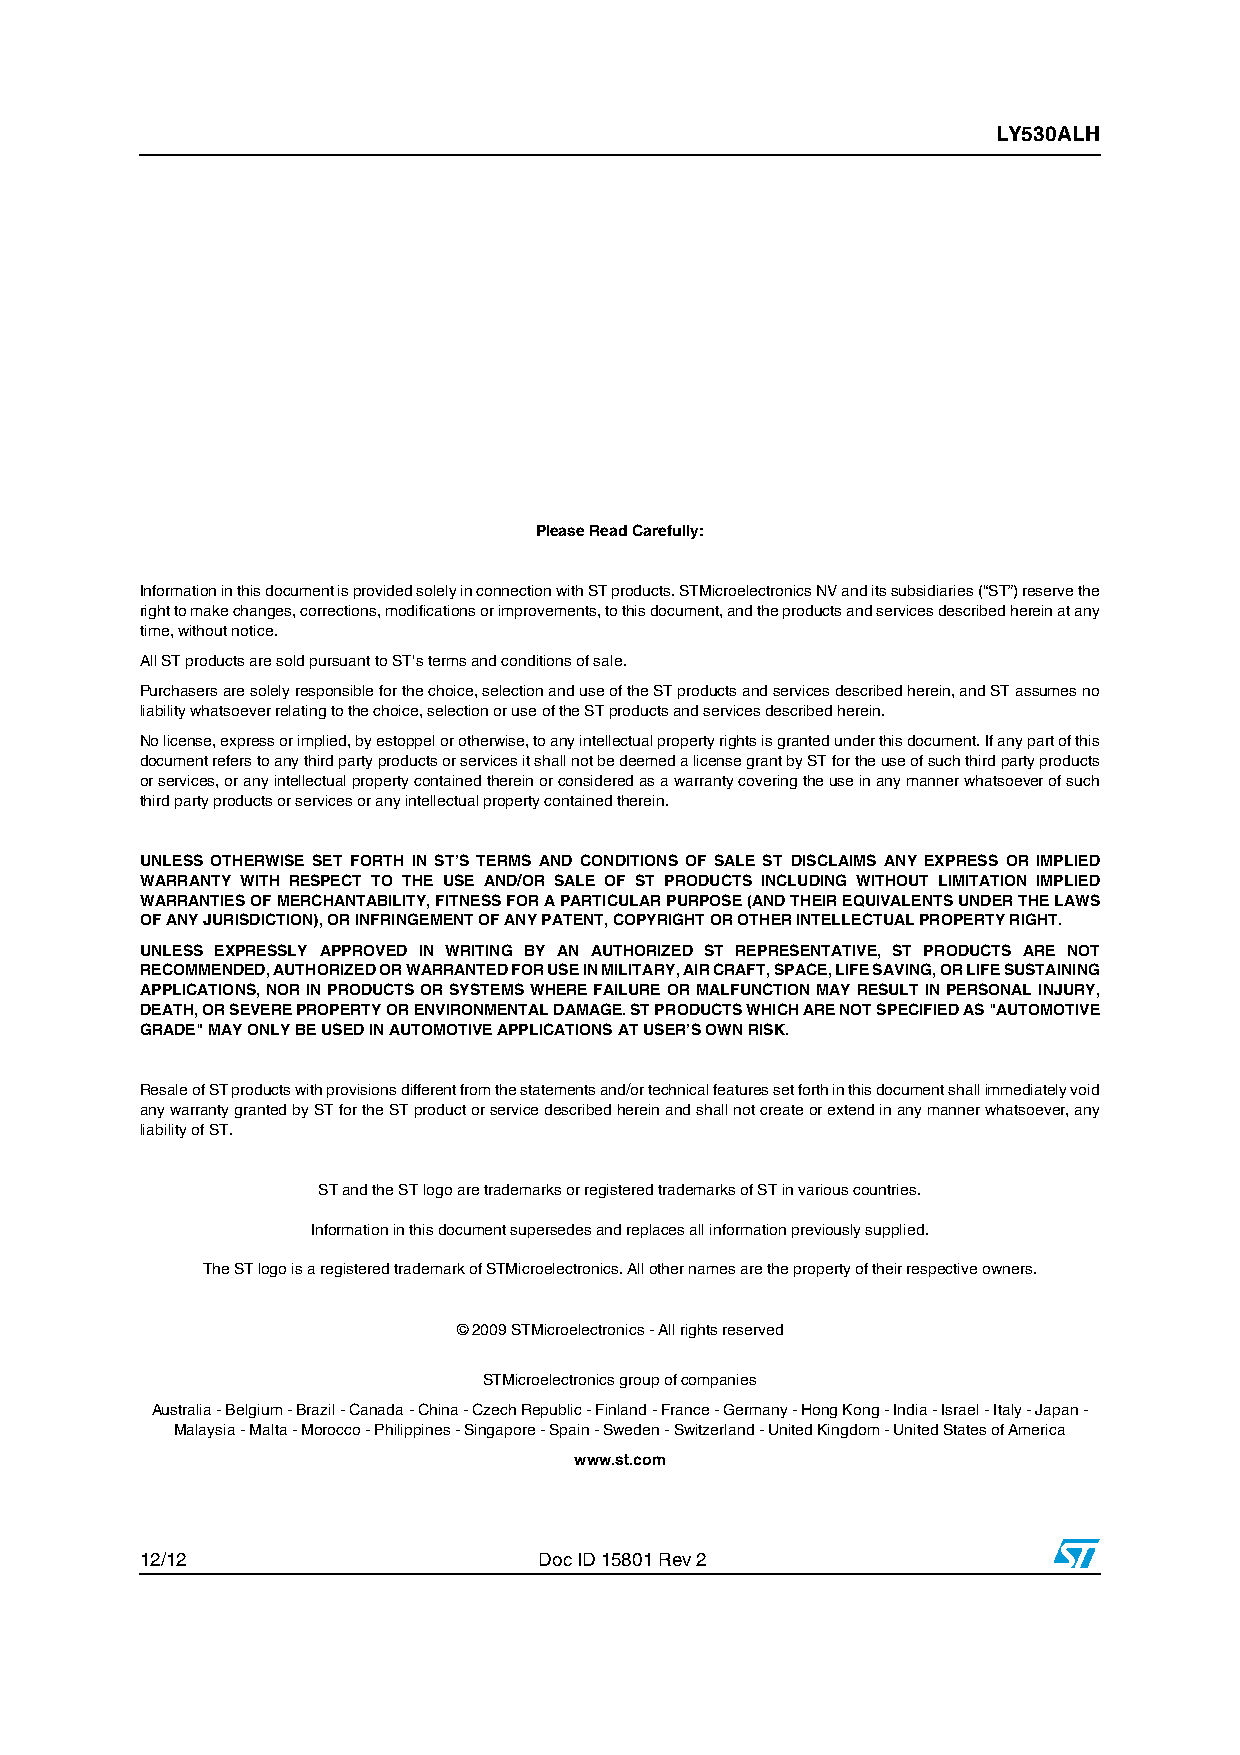
LY530ALH
 Please Read Carefully:
 Information in this document is provided solely in connection with ST products. STMicroelectronics NV and its subsidiaries (“ST”) reserve the
 right to make changes, corrections, modifications or improvements, to this document, and the products and services described herein at any
 time, without notice.
 All ST products are sold pursuant to ST’s terms and conditions of sale.
 Purchasers are solely responsible for the choice, selection and use of the ST products and services described herein, and ST assumes no
 liability whatsoever relating to the choice, selection or use of the ST products and services described herein.
 No license, express or implied, by estoppel or otherwise, to any intellectual property rights is granted under this document. If any part of this
 document refers to any third party products or services it shall not be deemed a license grant by ST for the use of such third party products
 or services, or any intellectual property contained therein or considered as a warranty covering the use in any manner whatsoever of such
 third party products or services or any intellectual property contained therein.
 UNLESS OTHERWISE SET FORTH IN ST’S TERMS AND CONDITIONS OF SALE ST DISCLAIMS ANY EXPRESS OR IMPLIED
 WARRANTY WITH RESPECT TO THE USE AND/OR SALE OF ST PRODUCTS INCLUDING WITHOUT LIMITATION IMPLIED
 WARRANTIES OF MERCHANTABILITY, FITNESS FOR A PARTICULAR PURPOSE (AND THEIR EQUIVALENTS UNDER THE LAWS
 OF ANY JURISDICTION), OR INFRINGEMENT OF ANY PATENT, COPYRIGHT OR OTHER INTELLECTUAL PROPERTY RIGHT.
 UNLESS EXPRESSLY APPROVED IN WRITING BY AN AUTHORIZED ST REPRESENTATIVE, ST PRODUCTS ARE NOT
 RECOMMENDED, AUTHORIZED OR WARRANTED FOR USE IN MILITARY, AIR CRAFT, SPACE, LIFE SAVING, OR LIFE SUSTAINING
 APPLICATIONS, NOR IN PRODUCTS OR SYSTEMS WHERE FAILURE OR MALFUNCTION MAY RESULT IN PERSONAL INJURY,
 DEATH, OR SEVERE PROPERTY OR ENVIRONMENTAL DAMAGE. ST PRODUCTS WHICH ARE NOT SPECIFIED AS "AUTOMOTIVE
 GRADE" MAY ONLY BE USED IN AUTOMOTIVE APPLICATIONS AT USER’S OWN RISK.
 Resale of ST products with provisions different from the statements and/or technical features set forth in this document shall immediately void
 any warranty granted by ST for the ST product or service described herein and shall not create or extend in any manner whatsoever, any
 liability of ST.
 ST and the ST logo are trademarks or registered trademarks of ST in various countries.
 Information in this document supersedes and replaces all information previously supplied.
 The ST logo is a registered trademark of STMicroelectronics. All other names are the property of their respective owners.
 © 2009 STMicroelectronics - All rights reserved
 STMicroelectronics group of companies
 Australia - Belgium - Brazil - Canada - China - Czech Republic - Finland - France - Germany - Hong Kong - India - Israel - Italy - Japan -
 Malaysia - Malta - Morocco - Philippines - Singapore - Spain - Sweden - Switzerland - United Kingdom - United States of America
 www.st.com
 12/12                      Doc ID 15801 Rev 2